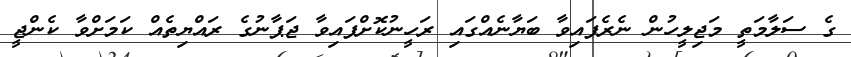
ގެ ސަލާމަތީ މަޖިލީހުން ނެރެފައިވާ ބަޔާނެއްގައި ރަހީނުކޮށްފައިވާ ޖަޕާނުގެ ރައްޔިތެއް ކަމަށްވާ ކެންޖީ